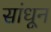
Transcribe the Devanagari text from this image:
सांधून